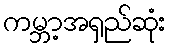
ကမ္ဘာ့အရှည်ဆုံး